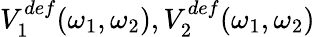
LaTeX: V_{1}^{def}(\omega_{1},\omega_{2}),V_{2}^{def}(\omega_{1},\omega_{2})